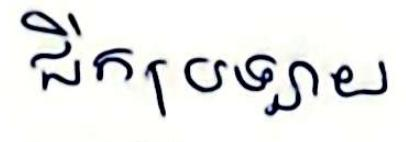
ជីកប្រឡាយ